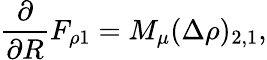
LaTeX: \frac{\partial}{\partial R}F_{\rho 1}=M_{\mu}(\Delta\rho)_{2,1},